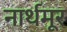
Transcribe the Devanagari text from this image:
नार्थमूर